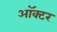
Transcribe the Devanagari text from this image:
ऑक्टर